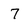
Character: 7